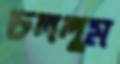
চললুম